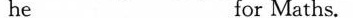
he ___ for Maths。